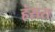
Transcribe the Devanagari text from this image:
हंसरा